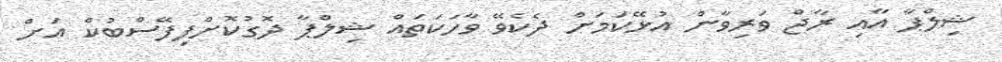
ޝިލްޕާ އާއި ރާޖް ވަރިވާން އުޅޭކަމަށް ދެކެވޭ ވާހަކަތައް ޝިލްޕާ ދޮގުކޮށްފިފޭސްބުކް އަށް